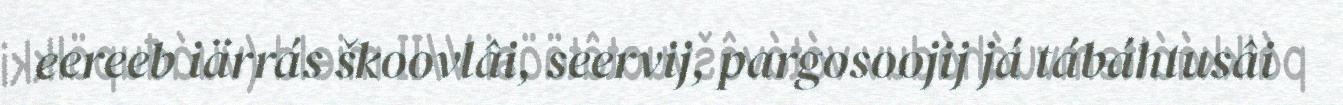
eereeb iärrás škoovlâi, seervij, pargosoojij já tábáhtusâi